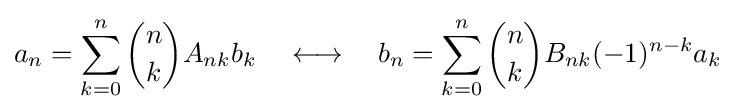
a_{n}=\sum _{k=0}^{n}{\binom {n}{k}}A_{nk}b_{k}\quad \longleftrightarrow \quad b_{n}=\sum _{k=0}^{n}{\binom {n}{k}}B_{nk}(-1)^{n-k}a_{k}